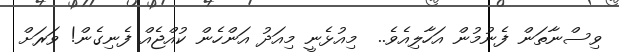
ވިސްނާތަން ފެނުމުން އަހާލިއެވެ..  މިއުޅެނީ މިއަދު އަންހެން ކުއްޖެއް ފެނިގެން! ވަރަށް